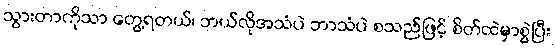
သွားတာကိုသာ တွေ့ရတယ်၊ ဘယ်လိုအသံပဲ ဘာသံပဲ စသည်ဖြင့် စိတ်ထဲမှာစွဲပြီး